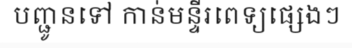
បញ្ជូនទៅ កាន់មន្ទីរពេទ្យផ្សេងៗ